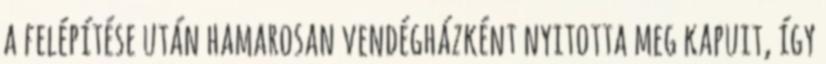
a felépítése után hamarosan vendégházként nyitotta meg kapuit, így